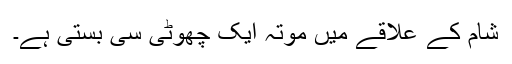
شام کے علاقے میں موتہ ایک چھوٹی سی بستی ہے۔